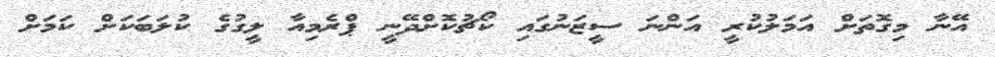
އޭނާ މިގޮތަށް އަމަލުކުރީ އަންނަ ސީޒަނުގައި ކޯޗުކޮށްދޭނީ ޕްރެމިއާ ލީގުގެ ކުލަބަކަށް ކަމަށް